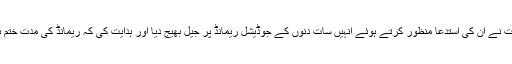
پراسیکیوٹر رانا بختیار احمد نے بی بی سی کو بتایا کہ عدالت نے ان کی استدعا منظور کرتے ہوئے انہیں سات دنوں کے جوڈیشل ریمانڈ پر جیل بھیج دیا اور ہدایت کی کہ ریمانڈ کی مدت ختم ہونے کے بعد ملزموں کو دوبارہ عدالت میں پیش کیا جائے۔